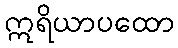
ဣရိယာပထော